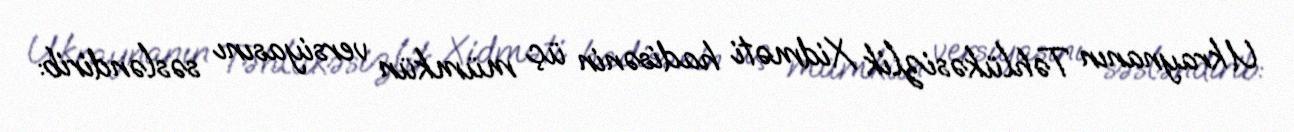
Ukraynanın Təhlükəsizlik Xidməti hadisənin üç mümkün versiyasını səsləndirib: